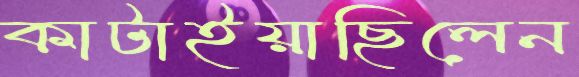
কাটাইয়াছিলেন